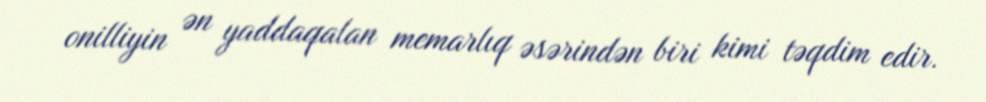
onilliyin ən yaddaqalan memarlıq əsərindən biri kimi təqdim edir.